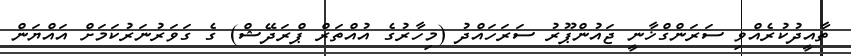
ތާއީދުކުރެއްވި ސަރަންގްޚާނީ ޖައުންޕޫރު ސަރަހައްދު (މިހާރުގެ އުއްތަރް ޕްރަދޭޝް) ގެ ގަވަރުނަރުކަމަށް އައްޔަން